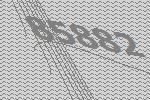
85882